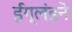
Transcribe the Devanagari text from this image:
ईंग्लंडने